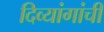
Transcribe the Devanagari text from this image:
दिव्यांगांची